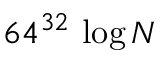
6 4 ^ { 3 2 } \, \log N